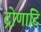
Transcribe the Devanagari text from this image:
द्रोणादि